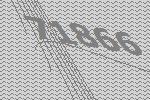
71866